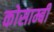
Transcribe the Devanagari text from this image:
कोसाम्बी